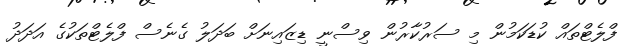
ފްލެޓްތައް ކުޑަކަމުން މި ސަރުކާރުން ވިސްނީ ޑިޒައިނަށް ބަދަލު ގެނެސް ފްލެޓްތަކުގެ އަދަދު